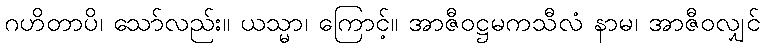
ဂဟိတာပိ၊ သော်လည်း။ ယသ္မာ၊ ကြောင့်။ အာဇီဝဋ္ဌမကသီလံ နာမ၊ အာဇီဝလျှင်